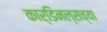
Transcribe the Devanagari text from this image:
कार्डिनल्सच्या